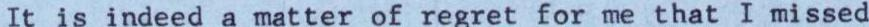
It is indeed a matter of regret for me that I missed